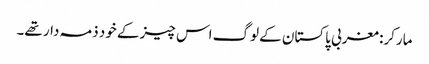
مارکر: مغربی پاکستان کے لوگ اس چیز کے خود ذمہ دار تھے۔